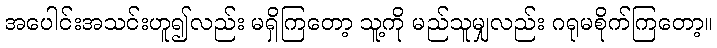
အပေါင်းအသင်းဟူ၍လည်း မရှိကြတော့ သူ့ကို မည်သူမျှလည်း ဂရုမစိုက်ကြတော့။